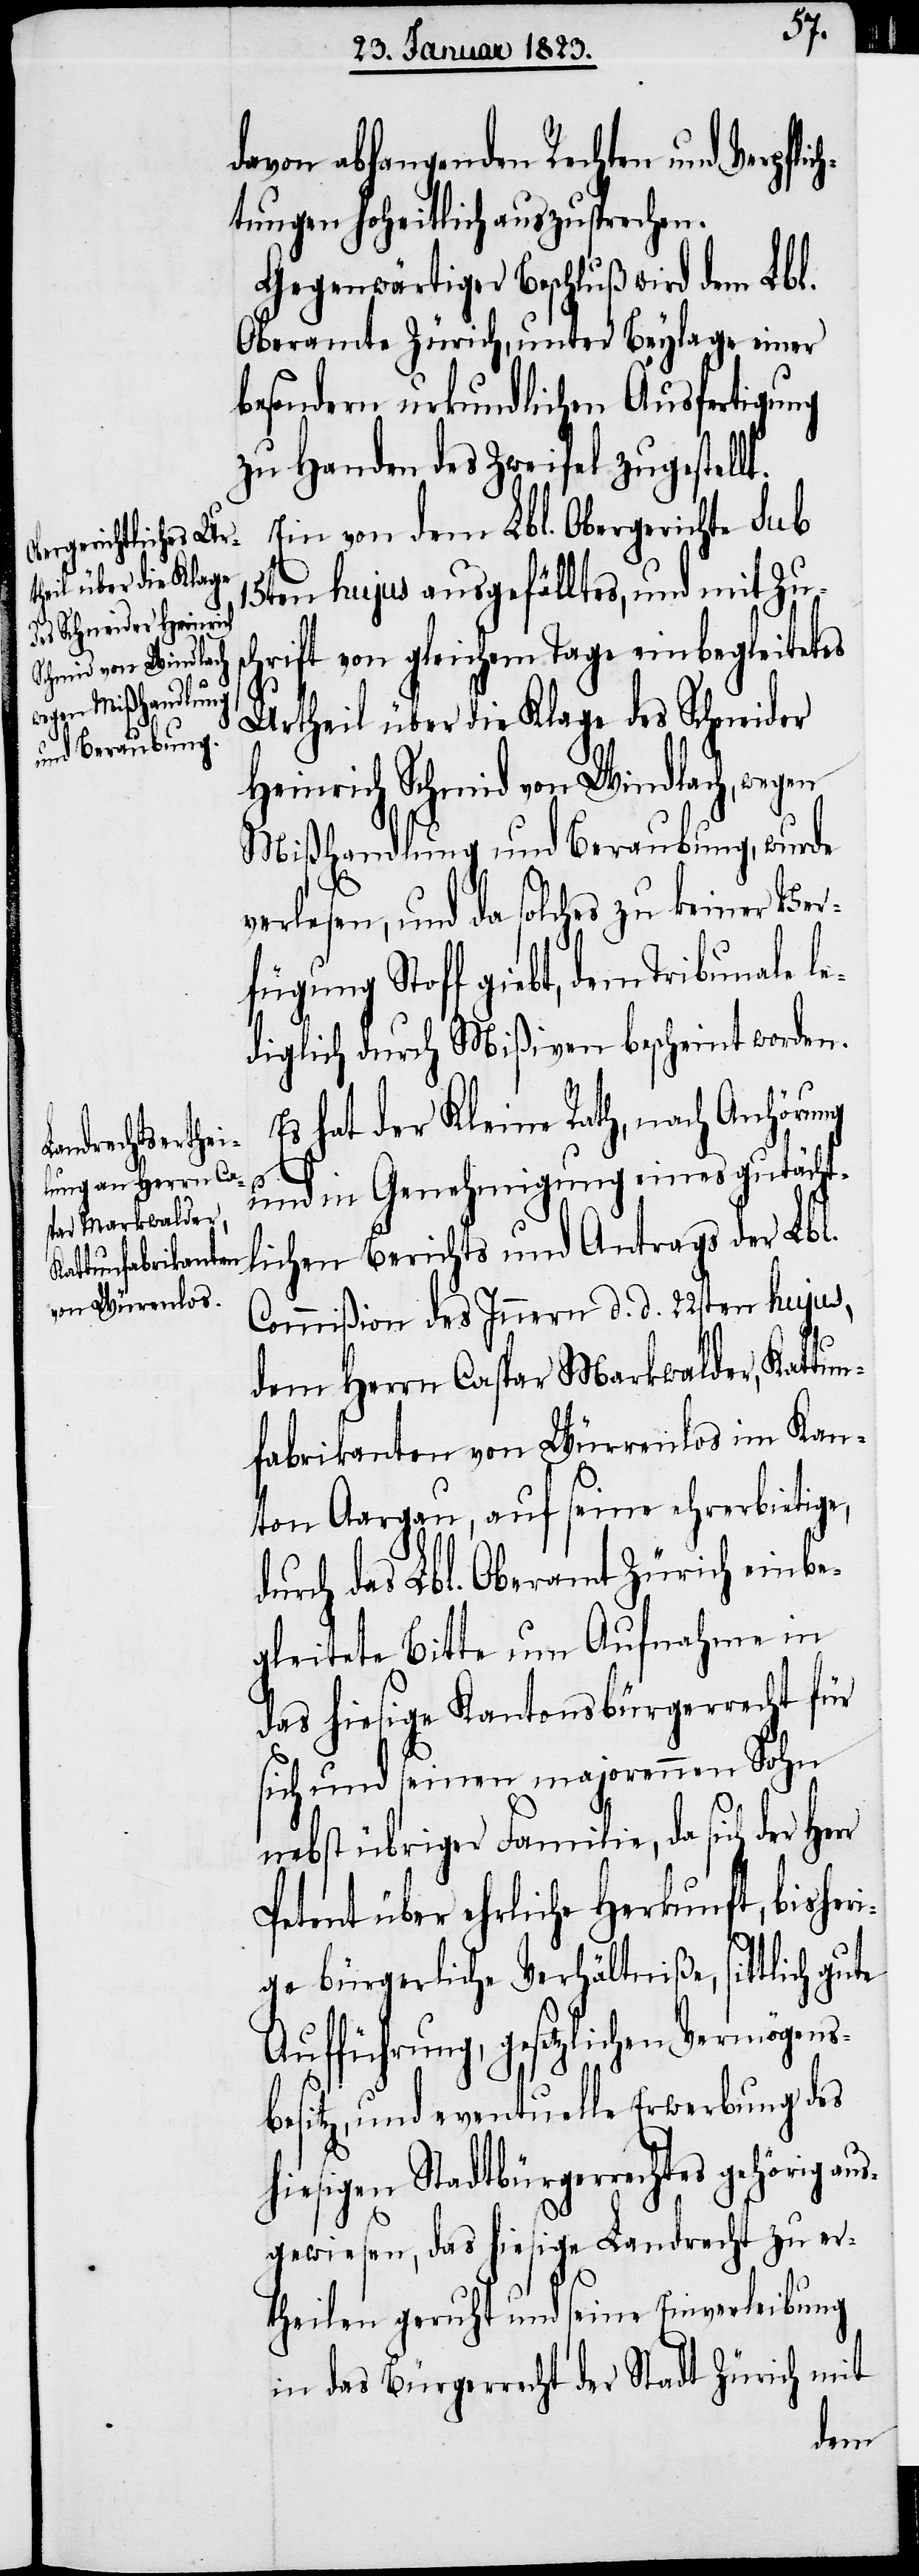
t.
davon abhangenden Rechten und Verpfl¬
tungen hoheitlich auszusprechen.
Gegenwärtiger Beschluß wird dem Lbl.
Oberamte Zürich, unter Beylage einer
besondern urkundlichen Ausfertigung
zu Handen des Zweifel zugestell¬
Ein von dem Lbl. Obergerichte sub
15ten hujus ausgefälltes, und mit Zus¬
chrift von gleichem Tage einbegleitetes
Urtheil über die Klage des Schneider
Heinrich Schmid von Windlach, wegen
Mißhandlung und Beraubung, wurde
verlesen, und da solches zu keiner Ver¬
fügung Stoff giebt, dem Tribunale l¬
ediglich durch Mißiven bescheint worden.
Es hat der Kleine Rath, nach Anhörung
und in Genehmigung eines gutächt¬
lichen Berichts und Antrags der Lbl.
Commißion des Innern d. d. 22sten hujus,
dem Herrn Caspar Markwalder, Kattun¬
fabrikanten von Würrenlos im Kan¬
ton Aargau, auf seine ehrerbietige,
durch das Lbl. Oberamt Zürich einbe¬
gleitete Bitte um Aufnahme in
das hiesige Kantonsbürgerrecht für
sich und seinen majorennen Sohn
nebst übriger Familie, da sich der
Petent über ehrliche Herkunft, bisheri¬
ge bürgerliche Verhältniße, sittlich gute
Aufführung, gesetzlichen Vermögens¬
besitz, und eventuelle Erwerbung des
hiesigen Stadtbürgerrechtes gehörig a¬
usgewiesen, das hiesige Landrecht zu er¬
theilen geruht und seine Einverleibung
in das Bürgerrecht der Stadt Zürich mit